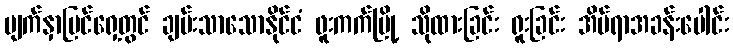
မျက်နှာပြင်ရှေ့တွင် ချမ်းသာသောနိုင်ငံ ဖူးကက်မြို့ သိုထားခြင်း ရူးခြင်း အိမ်ရာအခန်းပေါင်း